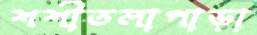
শশীতলাপাড়া